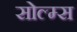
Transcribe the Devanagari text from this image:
सोल्म्स